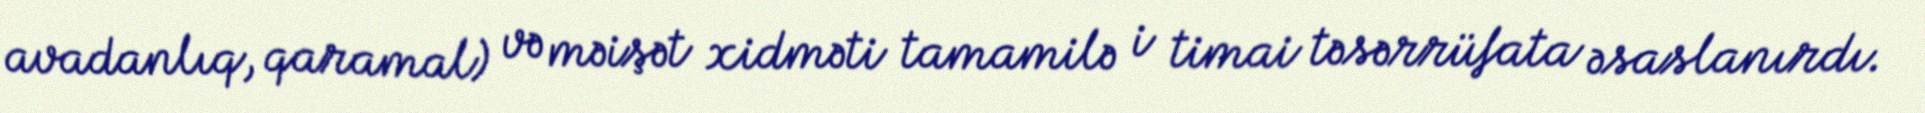
avadanlıq, qaramal) və məişət xidməti tamamilə i timai təsərrüfata əsaslanırdı.